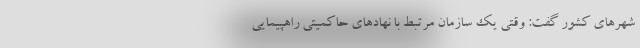
شهرهای کشور گفت: وقتی یک سازمان مرتبط با نهادهای حاکمیتی راهپیمایی